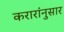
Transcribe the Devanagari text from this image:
करारांनुसार